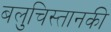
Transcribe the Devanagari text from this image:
बलुचिस्तानकी